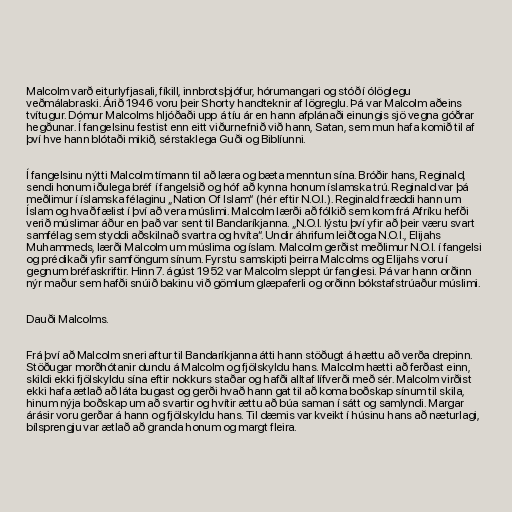
Malcolm varð eiturlyfjasali, fíkill, innbrotsþjófur, hórumangari og stóð í ólöglegu
veðmálabraski. Árið 1946 voru þeir Shorty handteknir af lögreglu. Þá var Malcolm aðeins
tvítugur. Dómur Malcolms hljóðaði upp á tíu ár en hann afplánaði einungis sjö vegna góðrar
hegðunar. Í fangelsinu festist enn eitt viðurnefnið við hann, Satan, sem mun hafa komið til af
því hve hann blótaði mikið, sérstaklega Guði og Biblíunni.

Í fangelsinu nýtti Malcolm tímann til að læra og bæta menntun sína. Bróðir hans, Reginald,
sendi honum iðulega bréf í fangelsið og hóf að kynna honum íslamska trú. Reginald var þá
meðlimur í íslamska félaginu „Nation Of Islam“ (hér eftir N.O.I.). Reginald fræddi hann um
Íslam og hvað fælist í því að vera múslimi. Malcolm lærði að fólkið sem kom frá Afríku hefði
verið múslimar áður en það var sent til Bandaríkjanna. „N.O.I. lýstu því yfir að þeir væru svart
samfélag sem styddi aðskilnað svartra og hvíta“. Undir áhrifum leiðtoga N.O.I., Elijahs
Muhammeds, lærði Malcolm um múslima og íslam. Malcolm gerðist meðlimur N.O.I. í fangelsi
og prédikaði yfir samföngum sínum. Fyrstu samskipti þeirra Malcolms og Elijahs voru í
gegnum bréfaskriftir. Hinn 7. ágúst 1952 var Malcolm sleppt úr fanglesi. Þá var hann orðinn
nýr maður sem hafði snúið bakinu við gömlum glæpaferli og orðinn bókstafstrúaður múslimi.

Dauði Malcolms.

Frá því að Malcolm sneri aftur til Bandaríkjanna átti hann stöðugt á hættu að verða drepinn.
Stöðugar morðhótanir dundu á Malcolm og fjölskyldu hans. Malcolm hætti að ferðast einn,
skildi ekki fjölskyldu sína eftir nokkurs staðar og hafði alltaf lífverði með sér. Malcolm virðist
ekki hafa ætlað að láta bugast og gerði hvað hann gat til að koma boðskap sínum til skila,
hinum nýja boðskap um að svartir og hvítir ættu að búa saman í sátt og samlyndi. Margar
árásir voru gerðar á hann og fjölskyldu hans. Til dæmis var kveikt í húsinu hans að næturlagi,
bílsprengju var ætlað að granda honum og margt fleira.